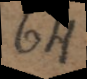
64